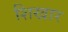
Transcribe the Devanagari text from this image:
शिखार